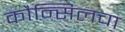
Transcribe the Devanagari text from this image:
कौन्सिलचा